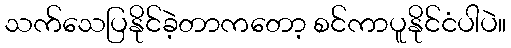
သက်သေပြနိုင်ခဲ့တာကတော့ စင်ကာပူနိုင်ငံပါပဲ။